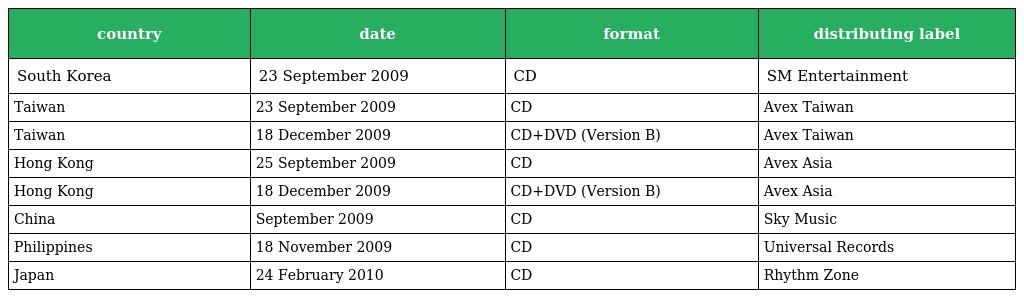
| country | date | format | distributing label |
 | --- | --- | --- | --- |
 | South Korea | 23 September 2009 | CD | SM Entertainment |
 | Taiwan | 23 September 2009 | CD | Avex Taiwan |
 | Taiwan | 18 December 2009 | CD+DVD (Version B) | Avex Taiwan |
 | Hong Kong | 25 September 2009 | CD | Avex Asia |
 | Hong Kong | 18 December 2009 | CD+DVD (Version B) | Avex Asia |
 | China | September 2009 | CD | Sky Music |
 | Philippines | 18 November 2009 | CD | Universal Records |
 | Japan | 24 February 2010 | CD | Rhythm Zone |